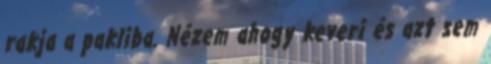
rakja a pakliba. Nézem ahogy keveri és azt sem